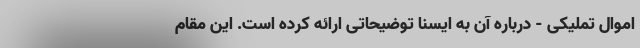
اموال تملیکی - درباره آن به ایسنا توضیحاتی ارائه کرده است. این مقام